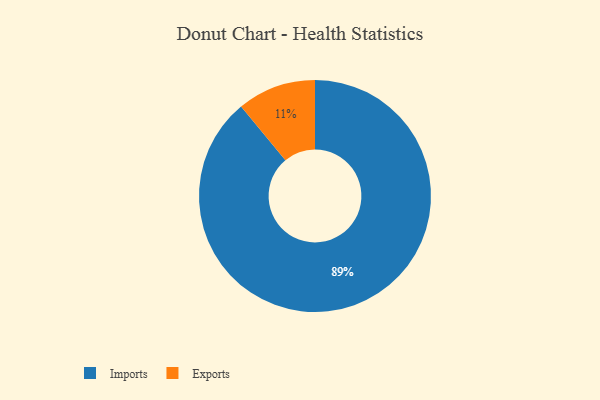
{"axis": {"x": "Category", "y": "Percentage"}, "legend": ["Exports", "Imports"], "data": [{"x": "Exports", "y": 11, "type": "Exports"}, {"x": "Imports", "y": 89, "type": "Imports"}]}